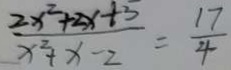
\frac { 2 x ^ { 2 } + 2 x + 5 } { x ^ { 2 } + x - 2 } = \frac { 1 7 } { 4 }